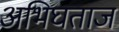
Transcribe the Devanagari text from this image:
अभिघताज